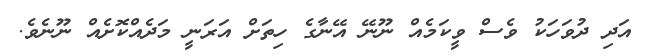
އަދި ދުވަހަކު ވެސްް ވީކަމެއް ނޫނޭ އޭނާގެ ހިތަށް އަރަނީ މަދެއްކޮށެއް ނޫނެވެ.